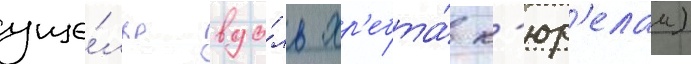
уще́лье вдо́ль хр'ебта́ к'юр'елам)